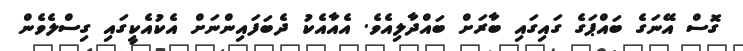
ގޮސް އޭނަގެ ބައްޕަގެ ގައިގައި ބާރަށް ބައްދާލިއެވެ. އެއާއެކު ދެބަފައިންނަށް އެކުއެކީގައި ގިސްލެވެން